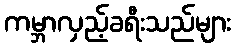
ကမ္ဘာလှည့်ခရီးသည်များ